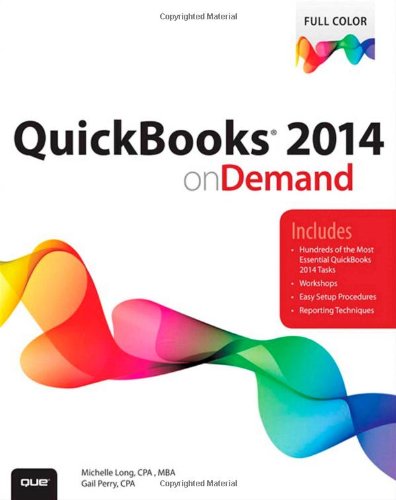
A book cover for QuickBooks 2014 on Demand; Michelle Long CPA; Computers & Technology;